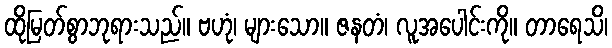
ထိုမြတ်စွာဘုရားသည်။ ဗဟုံ၊ များသော။ ဇနတံ၊ လူအပေါင်းကို။ တာရေသိ၊